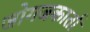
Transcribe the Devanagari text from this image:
जोगजकार्ता